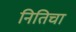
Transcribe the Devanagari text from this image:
नितिचा